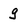
Character: g